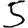
Digit: 5